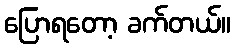
ပြောရတော့ ခက်တယ်။